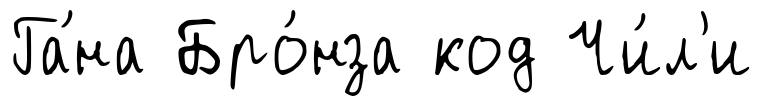
Га́на Бро́нза код Чи́л'и